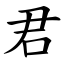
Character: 君